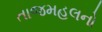
તાજમહલનો